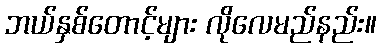
ဘယ်နှစ်တောင့်များ လိုလေမည်နည်း။